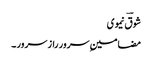
شوقؔ نیموی
مضامینِ سرور راز سرور ۔